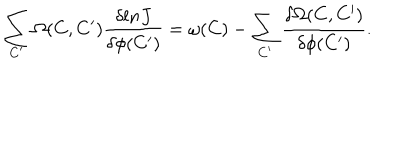
LaTeX: \sum _ { C ^ { \prime } } \Omega ( C , C ^ { \prime } ) { \frac { \delta l n J } { \delta \phi ( C ^ { \prime } ) } } = \omega ( C ) - \sum _ { C ^ { \prime } } { \frac { \delta \Omega ( C , C ^ { \prime } ) } { \delta \phi ( C ^ { \prime } ) } } .